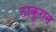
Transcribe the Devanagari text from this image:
ठाकूराने